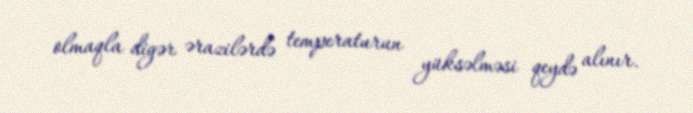
olmaqla digər ərazilərdə temperaturun yüksəlməsi qeydə alınır.